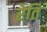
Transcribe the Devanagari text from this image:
रेति